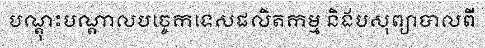
បណ្តុះបណ្តាលបច្ចេកទេសផលិតកម្ម និងបសុព្យាបាលពី